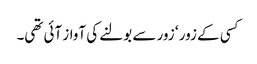
کسی کے زور ‘ زور سے بولنے کی آواز آئی تھی۔